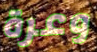
وعرة